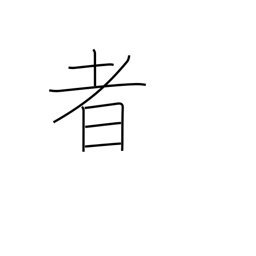
Meaning: someone